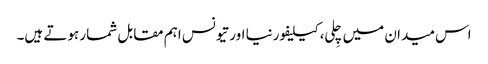
اس میدان میں چِلی، کیلیفورنیا اور تیونس اہم مقابل شمار ہوتے ہیں۔